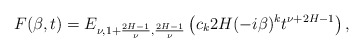
\begin{align*} F(\beta,t) = E_{\nu, 1+\frac{2H-1}{\nu}, \frac{2H-1}{\nu}} \left(c_k 2H (-i\beta)^k t^{\nu+2H-1} \right) , \end{align*}